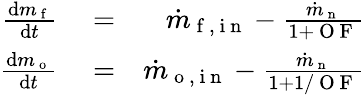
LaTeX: \begin{array}{rlr}{\frac{\mathrm{d}m_{\mathrm{~f~}}}{\mathrm{d}t}}&{{}=}&{\dot{m}_{\mathrm{~f~,~i~n~}}-\frac{\dot{m}_{\mathrm{~n~}}}{1+\mathrm{~O~F~}}}\\ {\frac{\mathrm{d}m_{\mathrm{~o~}}}{\mathrm{d}t}}&{{}=}&{\dot{m}_{\mathrm{~o~,~i~n~}}-\frac{\dot{m}_{\mathrm{~n~}}}{1+1/\mathrm{~O~F~}}}\end{array}